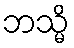
ဘသ္မိ